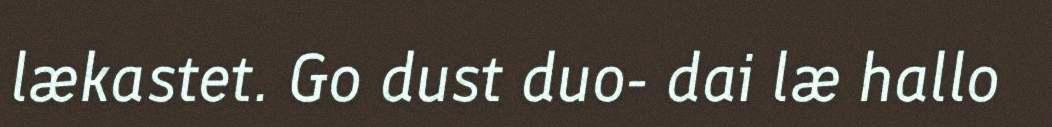
lækastet. Go dust duo- dai læ hallo